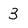
Character: 3